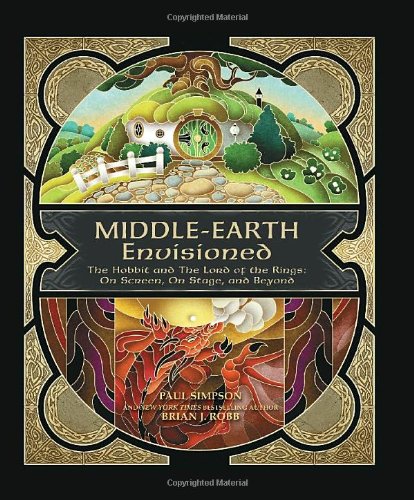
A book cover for Middle-earth Envisioned: The Hobbit and The Lord of the Rings: On Screen, On Stage, and Beyond; Brian J. Robb; Humor & Entertainment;